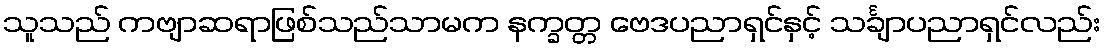
သူသည် ကဗျာဆရာဖြစ်သည်သာမက နက္ခတ္တ ဗေဒပညာရှင်နှင့် သင်္ချာပညာရှင်လည်း